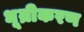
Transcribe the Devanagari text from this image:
धूम्रीकरण